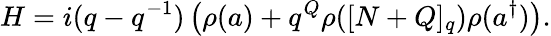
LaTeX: H=i(q-q^{-1})\left(\rho(a)+q^{Q}\rho([N+Q]_{q})\rho(a^{\dagger})\right).